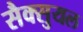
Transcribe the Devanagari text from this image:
सैक्सुयल